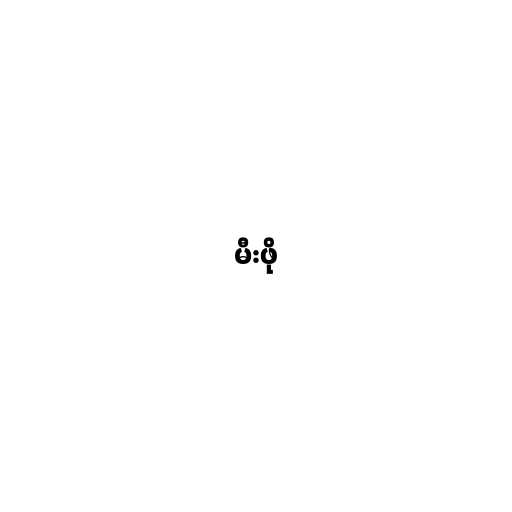
မီးဖို